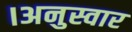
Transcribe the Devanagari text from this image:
।अनुस्वार